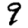
Digit: 9